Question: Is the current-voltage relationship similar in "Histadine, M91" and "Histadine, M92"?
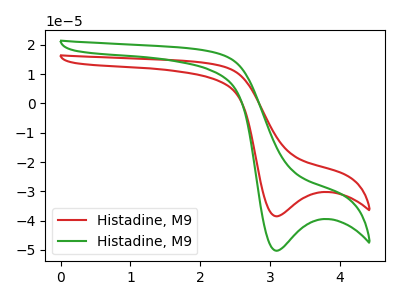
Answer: <think>The red curve "Histadine, M91" has a cathodic peak at: (3.10V, -38.50uA). The green curve "Histadine, M92" has a cathodic peak at: (3.10V, -50.30uA).
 All the peaks in "Histadine, M91" have a peak in "Histadine, M92" at the same potential. Every peak in "Histadine, M91" is lower than every peak in "Histadine, M92".</think>
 <answer>"Histadine, M91" and "Histadine, M92" are similar in shape.</answer>
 <eval>same_shape</eval>